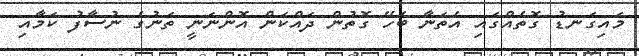
މައިގަނޑު ގޮތެއްގައި އެތަނާ ބެހޭ ގޮޮތުން ދައްކަން އޮންނަނީ ތަނުގެ ނުސާފު ކަމާއި